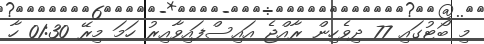
މި ބޯޓުގައި 77 ދިވެހިން ރާއްޖެ އައިސްފައިވާއިރު ހަމަ މިރޭ 01:30 ހާ